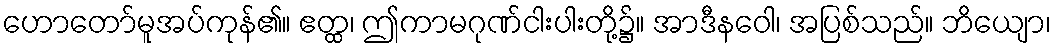
ဟောတော်မူအပ်ကုန်၏။ ဧတ္ထ၊ ဤကာမဂုဏ်ငါးပါးတို့၌။ အာဒီနဝေါ၊ အပြစ်သည်။ ဘိယျော၊